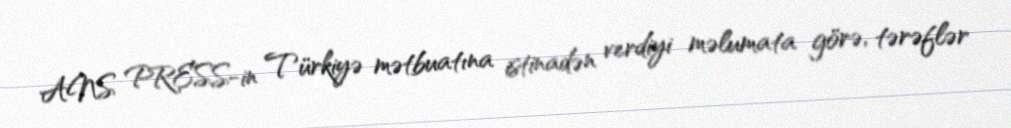
ANS PRESS-in Türkiyə mətbuatına istinadən verdiyi məlumata görə, tərəflər